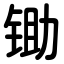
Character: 锄